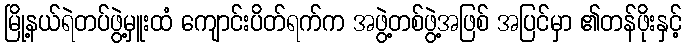
မြို့နယ်ရဲတပ်ဖွဲ့မှူးထံ ကျောင်းပိတ်ရက်က အဖွဲ့တစ်ဖွဲ့အဖြစ် အပြင်မှာ ၏တန်ဖိုးနှင့်